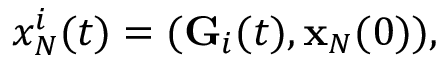
\begin{array} { r } { x _ { N } ^ { i } ( t ) = ( { \bf G } _ { i } ( t ) , { \bf x } _ { N } ( 0 ) ) , } \end{array}